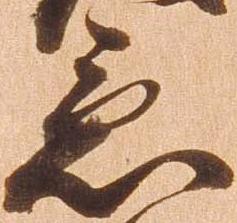
急